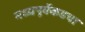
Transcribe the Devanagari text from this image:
मध्यपूर्वेकडचा